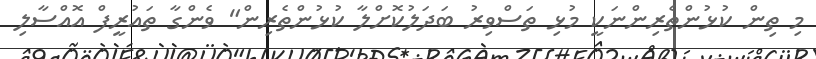
މި ތިން ކުޅުންތެރިންނަކީ މުޅި ތަސްވިރު ބަދަލުކޮށްލާ ކުޅުންތެރިން" ވެންގާ ތައުރީފް އޮއްސާލި